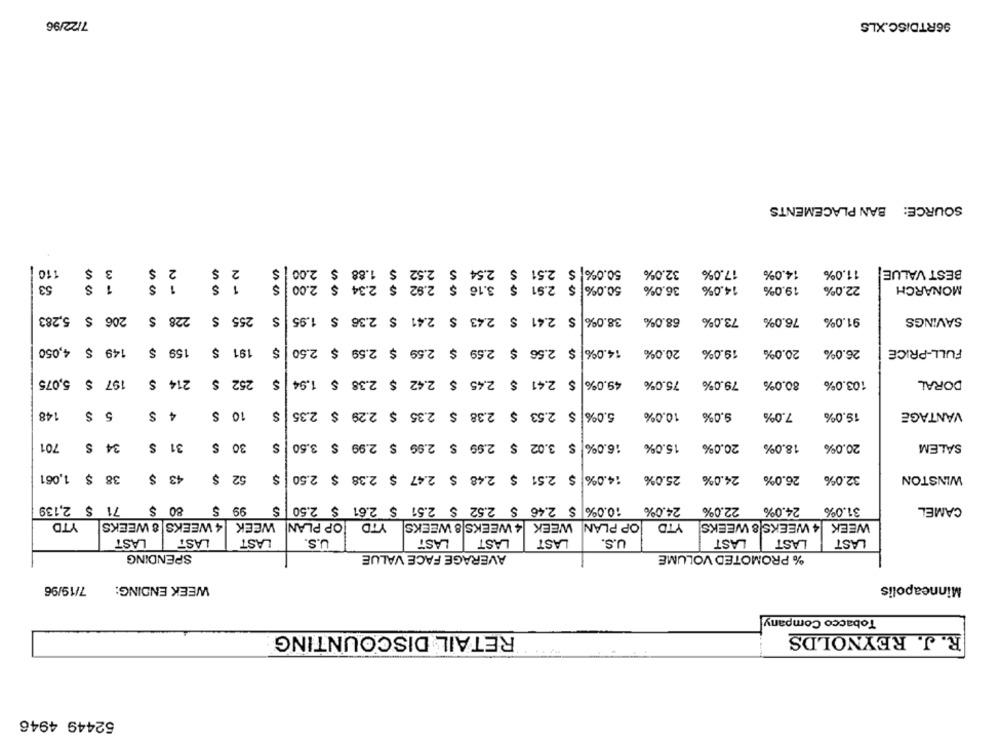
7/22/96
96RTDISC.XLS
SOURCE: BAN PLACEMENTS
110
$
3
$
2
2
50.0% $ 2.51 $ 2.54 $ 2.52 $ 1.88 $ 2.00
32.0%
17.0%
14.0%
11.0%
BEST VALUE
53
1 S
1 $
1
S
50.0% $ 2.91 $ 3.16 $ 2.92 $ 2.34 $ 2.00
36.0%
14.0%
19.0%
22.0%
MONARCH
5,283
206 S
S
228
$
255 S
S
$ 2.41 $ 2.43 $ 2.41 $ 2.36 $ 1.95
38.0%
68.0%
73.0%
76.0%
91.0%
SAVINGS
149 $ 4,050
159 $
191
$ 2.56 $ 2.59 $ 2.59 $ 2.59 $ 2.50
14.0%
20.0%
20.0%
26.0%
FULL-PRICE
19.0%
197 S
252
$ 2.41 $ 2.45 $ 2.42 $ 2.38 $ 1.94
5,075
S
214
$
49.0%
75.0%
79.0%
80.0%
103.0%
DORAL
148
S
5
S
4
10 S
S
$ 2.53 $ 2.38 $ 2.35 $ 2.29 $ 2.35
5.0%
10.0%
9.0%
7.0%
19.0%
VANTAGE
701
34 S
31 S
30 S
S
$ 3.02 $ 2.99 $ 2.99 $ 2.99 $ 3.50
16.0%
15.0%
20.0%
18.0%
20.0%
SALEM
38 $ 1,061
43 $
52 $
$ 2.51 $ 2.48 $ 2.47 $ 2.38 $ 2.50
14.0%
25.0%
24.0%
26.0%
WINSTON
32.0%
80 $ 71 $ 2,139
99 $
10.0% $ 2.46 $ 2.52 $ 2.51 $ 2.61 $ 2.50
24.0%
22.0%
24.0%
31.0%
CAMEL
YTD
4 WEEKS 8 WEEKS
OP PLAN WEEK
YTD
WEEK |4 WEEKS 8 WEEKS
JOP PLAN
YTD
WEEK 4 WEEKS 8 WEEKS
LAST
LAST
LAST
U.S.
LAST
LAST
LAST
U.S.
LAST
LAST
LAST
SPENDING
AVERAGE FACE VALUE
% PROMOTED VOLUME
7/19/96
WEEK ENDING:
Minneapolis
Tobacco Company
RETAIL DISCOUNTING
R. J. REYNOLDS
52449 4946